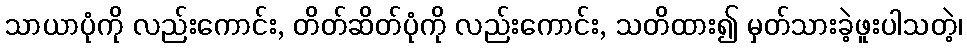
သာယာပုံကို လည်းကောင်း, တိတ်ဆိတ်ပုံကို လည်းကောင်း, သတိထား၍ မှတ်သားခဲ့ဖူးပါသတဲ့၊